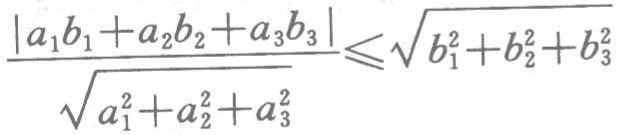
\(\frac{\left|a_{1}b_{1}+a_{2}b_{2}+a_{3}b_{3}\right|}{\sqrt{a_{1}^{2}+a_{2}^{2}+a_{3}^{2}}}\leqslant\sqrt{b_{1}^{2}+b_{2}^{2}+b_{3}^{2}}\)